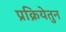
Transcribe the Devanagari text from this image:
प्रक्रियेतुन